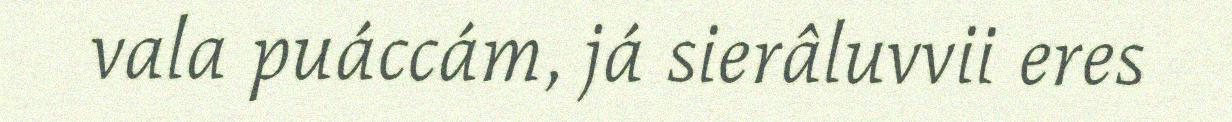
vala puáccám, já sierâluvvii eres